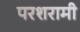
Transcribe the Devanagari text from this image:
परशरामी